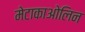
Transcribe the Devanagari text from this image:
मेटाकाओलिन